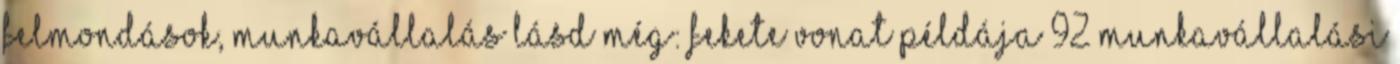
felmondások, munkavállalás Lásd még: Fekete vonat példája 92 Munkavállalási